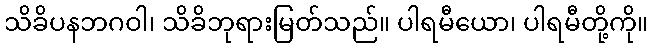
သိခိပနဘဂဝါ၊ သိခိဘုရားမြတ်သည်။ ပါရမီယော၊ ပါရမီတို့ကို။